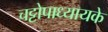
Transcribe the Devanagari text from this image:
चट्टोपाध्यायके